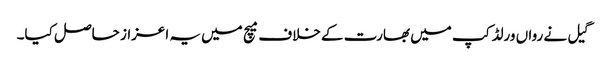
گیل نے رواں ورلڈ کپ میں بھارت کے خلاف میچ میں یہ اعزاز حاصل کیا۔